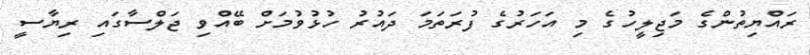
ރައްޔިތުންގެ މަޖިލީހުގެ މި އަހަރުގެ ފުރަތަމަ ދައުރު ހުޅުވުމަށް ބޭއްވި ޖަލްސާގައި ރިޔާސީ